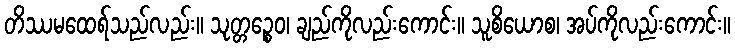
တိဿမထေရ်သည်လည်း။ သုတ္တဉ္စေဝ၊ ချည်ကိုလည်းကောင်း။ သူစိယောစ၊ အပ်ကိုလည်းကောင်း။